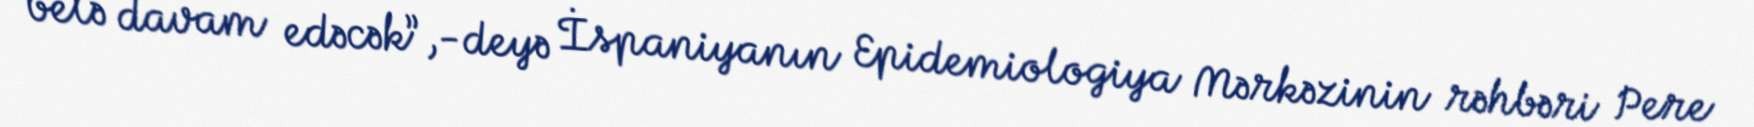
belə davam edəcək”,-deyə İspaniyanın Epidemiologiya Mərkəzinin rəhbəri Pere